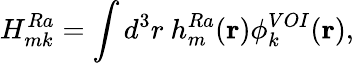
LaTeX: H_{mk}^{Ra}=\int d^{3}r~h_{m}^{Ra}(\mathbf{r})\phi_{k}^{VOI}(\mathbf{r}),